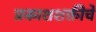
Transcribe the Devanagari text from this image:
प्रकाशशक्तीचे